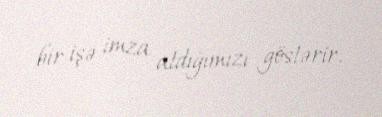
bir işə imza atdığımızı göstərir.